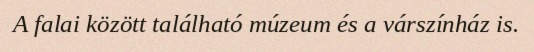
A falai között található múzeum és a várszínház is.